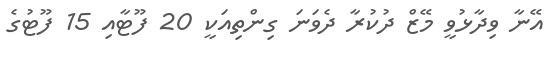
އޭނާ ވިދާޅުވީ މޭޒް ދުކުރާ ދެވަނަ ގިންތިއަކީ 20 ފޫޓާއި 15 ފޫޓުގެ